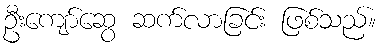
ဦးကျော်ဆွေ ဆက်လာခြင်း ဖြစ်သည်။